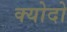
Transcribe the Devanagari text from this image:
क्योदो